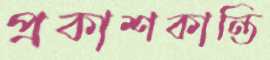
প্রকাশকান্তি